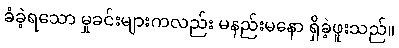
ခံခဲ့ရသော မှုခင်းများကလည်း မနည်းမနော ရှိခဲ့ဖူးသည်။